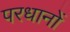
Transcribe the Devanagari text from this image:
परधानों